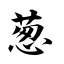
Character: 葱